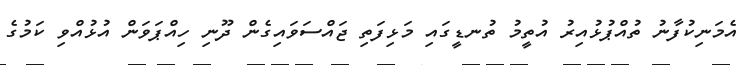
އެމަނިކުފާނު ތުއްޕުޅުއިރު އުތީމު ތުނޑީގައި މަޅިފަތި ޖައްސަވައިގެން ދޫނި ހިއްޕަވަން އުޅުއްވި ކަމުގެ